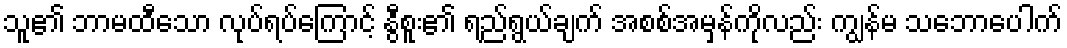
သူ၏ ဘာမထီသော လုပ်ရပ်ကြောင့် နွီစူး၏ ရည်ရွယ်ချက် အစစ်အမှန်ကိုလည်း ကျွန်မ သဘောပေါက်